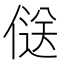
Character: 𠌡